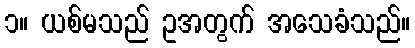
၁။ ယစ်မသည် ဥအတွက် အသေခံသည်။